Report on vaccination in the Province of Bengal - 1874-1889
Year: 1874
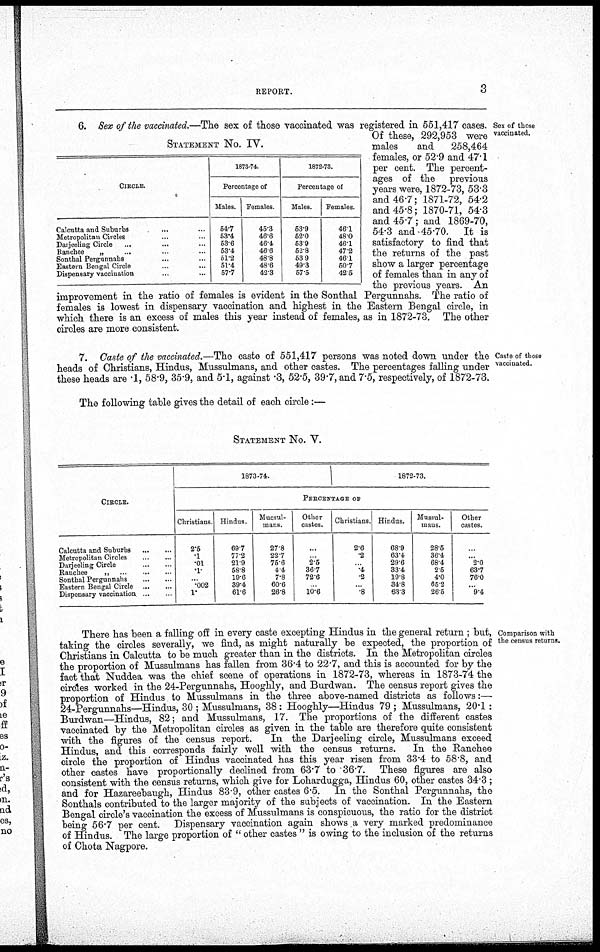
REPORT.
3
Sex of those
vaccinated.
STATEMENT No. IV.
CIRCLE.
Calcutta and Suburbs... ...
Metropolitan Circles... ...
Darjeeling Circle... ... ...
Ranchee„ ... ... ...
Sonthal Pergunnahs... ...
Eastern Bengal Circle... ...
Dispensary vaccination... ...
1873-74.
Percentage of
Males.
54.7
53.4
53.6
53.4
51.2
51.4
57.7
Females.
45.3
46.6
46.4
46.6
48.8
48.6
42.3
1872-73.
Percentage of
Males.
53.9
52.0
53.9
52.8
53.9
49.3
57.5
Females.
46.1
48.0
46.1
47.2
46.1
50.7
42.5
6. Sex of the vaccinated.—The sex of those vaccinated was registered in 551,417 cases.
Of these, 292,953 were
males
and 258,464
females, or 52.9 and 47.1
per cent. The percent-
ages of the previous
years were, 1872-73, 53.3
and 46.7; 1871-72, 54.2
and 45.8; 1870-71, 54.3
and 45.7 ; and 1869-70,
54.3 and 45.70. It is
satisfactory to find that
the returns of the past
show a larger percentage
of females than in any of
the previous years. An
improvement in the ratio of females is evident in the Sonthal Pergunnahs. The ratio of
females is lowest in dispensary vaccination and highest in the Eastern Bengal circle, in
which there is an excess of males this year instead of females, as in 1872-73. The other
circles are more consistent.
Caste of those
vaccinated.
7. Caste of the vaccinated.—The caste of 551,417 persons was noted down under the
heads of Christians, Hindus, Mussulmans, and other castes. The percentages falling under
these heads are .1, 58.9, 35.9, and 5.1, against .3, 52.5, 39.7, and 7.5, respectively, of 1872-73.
The following table gives the detail of each circle:—
STATEMENT NO. V.
CIRCLE.
Calcutta and
Suburbs...
...
Metropolitan
Circles...
...
Darjeeling
Circle...
...
...
Ranchee
„ ... ... ...
Sonthal Pergunnahs... ...
Eastern Bengal Circle ... ...
Dispensary vaccination
1873-74.
1872-73.
PERCENTAGE OF
Christians.
2.5
.1
.01
.1
... .002
1.
Hindus.
69.7
77.2
21.9
58.8
19.6
39.4
61.6
Mussul-
mans.
27.8
22.7
75.6
4.4
7.8
60.6
26.8
Other
castes.
...
... 2.5
36.7
72.6
... 10.6
Christians.
2.6
.2
...
.4
.2
... .8
Hindus.
68.9
63.4
29.6
33.4
19.8
34.8
63.3
Mussul-
mans.
28.5
36.4
68.4
2.5
4.0
65.2
26.5
Other
castes.
...
... 2.0
63.7
76.0
... 9.4
Comparison with
the census returns.
There has been a falling off in every caste excepting Hindus in the general return ; but,
taking the circles severally, we find, as might naturally be expected, the proportion of
Christians in Calcutta to be much greater than in the districts. In the Metropolitan circles
the proportion of Mussulmans has fallen from 36.4 to 22.7, and this is accounted for by the
fact that Nuddea was the chief scene of operations in 1872-73, whereas in 1873-74 the
circles worked in the 24-Pergunnahs, Hooghly, and Burdwan. The census report gives the
proportion of Hindus to Mussulmans in the three above-named districts as follows:—
24-Pergunnahs—Hindus, 30 ; Mussulmans, 38: Hooghly—Hindus 79 ; Mussulmans, 20.1 :
Burdwan—Hindus, 82; and Mussulmans, 17. The proportions of the different castes
vaccinated by the Metropolitan circles as given in the table are therefore quite consistent
with the figures of the census report.
In the Darjeeling circle, Mussulmans exceed
Hindus, and this corresponds fairly well with the census returns. In the Ranchee
circle the proportion of Hindus vaccinated has this year risen from 33.4 to 58.8, and
other castes have proportionally declined from 63.7 to 36.7. These figures are also
consistent with the census returns, which give for Lohardugga, Hindus 60, other castes 34.3 ;
and for Hazareebaugh, Hindus 83.9, other castes 6.5. In the Sonthal Pergunnahs, the
Sonthals contributed to the larger majority of the subjects of vaccination. In the Eastern
Bengal circle's vaccination the excess of Mussulmans is conspicuous, the ratio for the district
being 56.7 per cent. Dispensary vaccination again shows a very marked predominance
of Hindus. The large proportion of " other castes " is owing to the inclusion of the returns
of Chota Nagpore.